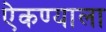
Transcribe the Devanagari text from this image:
ऐकण्याला